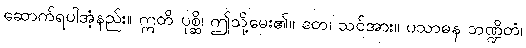
ဆောက်ရပါအံ့နည်း။ ဣတိ ပုစ္ဆိ၊ ဤသို့မေး၏။ တေ၊ သင်အား။ ပသာဓန ဘဏ္ဍိတံ၊